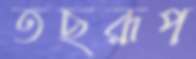
তছরূপ